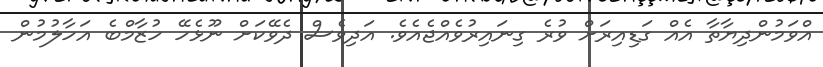
އްވަމުންދިޔާތާ އެއް ގަޑިއިރަށް ވުރެ ގިނައިރުވެއްޖެއެވެ. އަދިވެސް ދެވޭކަށް ނޫޅެހޭ ހުޒާމްބެ އަހާލުމުން